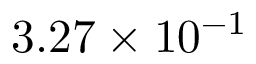
3 . 2 7 \times 1 0 ^ { - 1 }